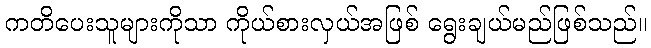
ကတိပေးသူများကိုသာ ကိုယ်စားလှယ်အဖြစ် ရွေးချယ်မည်ဖြစ်သည်။